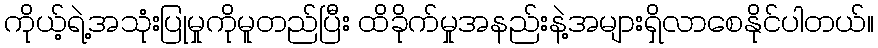
ကိုယ့်ရဲ့အသုံးပြုမှုကိုမူတည်ပြီး ထိခိုက်မှုအနည်းနဲ့အများရှိလာစေနိုင်ပါတယ်။